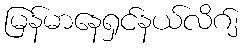
မြန်မာနေရှင်နယ်လိဂ်၂